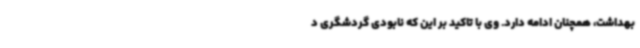
بهداشت، همچنان ادامه دارد. وی با تاکید بر این که نابودی گردشگری د